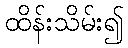
ထိန်းသိမ်း၍